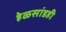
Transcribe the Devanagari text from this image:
हेळसांडही